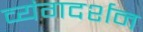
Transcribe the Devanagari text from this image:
व्यंगदर्शन